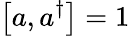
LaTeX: \left[a,a^{\dagger}\right]=1